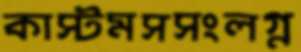
কাস্টমসসংলগ্ন